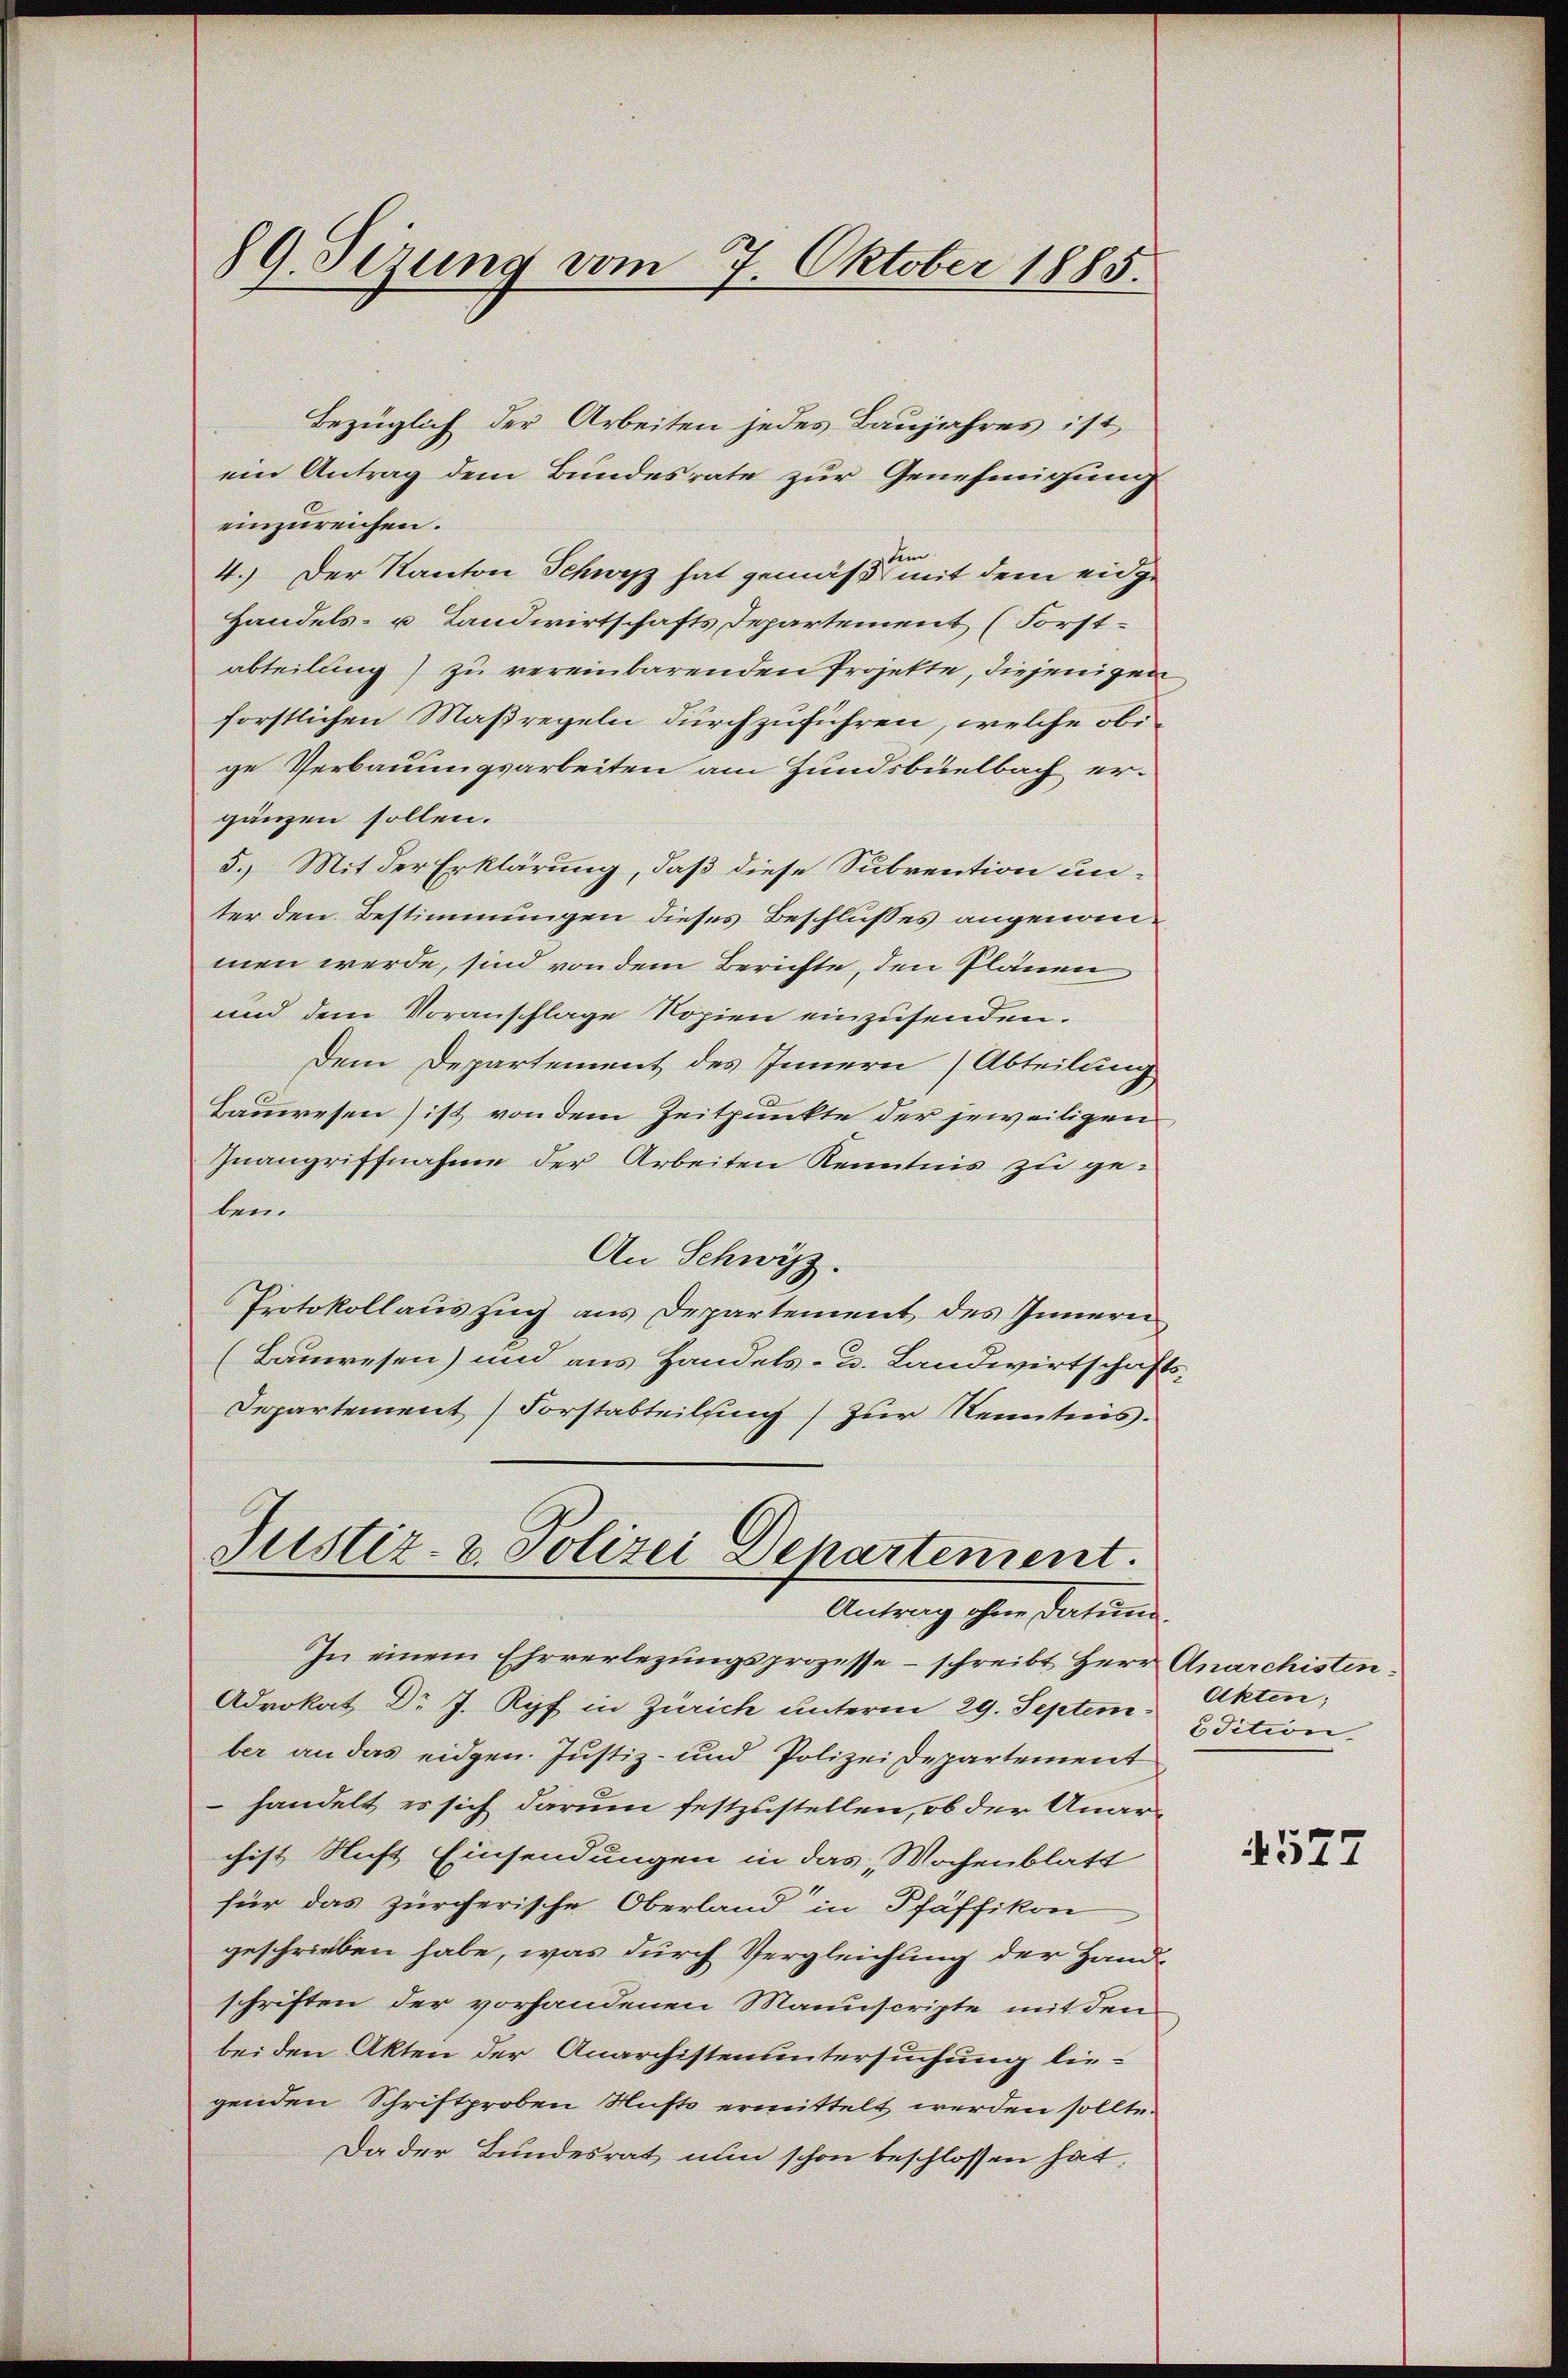
89. Seizung vom 7. Oktober 1885.

Bezüglich der Arbeiten jedes Baujahres ist,
ein Antrag dem Bundesrate zur Genehmigung
einzureichen.
4.) Der Kanton Schwyz hat gemäß mit dem eidge
Handels- u. Landwirtschafts Departement (Forstabteilung) zu vereinbarenden Projekte, diejenigen
forstlichen Maßregeln durchzuführen, welche obige Verbauungsarbeiten am Hundsbuelbach ergänzen sollen.
5.) Mit der Erklärung, daß diese Subvention un-
ter den Bestimmungen dieses Beschlusses angenommen werde, sind von dem Berichte, den Plänen
und dem Voranschlage Kopien einzusenden.
Dem Departement des Innern (Abteilung
Bauwesen) ist von dem Zeitpunkte der jeweiligen
Zuangriffnahme der Arbeiten Kenntnis zu geben.
An Schwyz.
Protokollauszug aus Departement des Innern
(Bauwesen) und aus Handels- u. Landwirtschafts-
Departement Forstabteilung) zur Kenntnis.
Justiz- & Polizei Departement.

Antrag ihm Sention de

In einem Ehrverlegungsprozesse – schreibt Herr Anarchisten¬
Advokat Dr J. Ryf in Zürich unterm 29. September an das eidgen. Justiz- und Polizei Departement
handelt es sich darum festzustellen, ob der Anarchist Nicht Einsendungen in das Wochenblatt
für das zürcherische Oberland in Pfäffikon
geschrieben habe, was durch Vergleichung der Hand-
schriften der vorhandenen Manuscripte mit den
bei den Akten der Anarchisten untersuchung liegenden Schriftproben Nusts ermittelt werden sollte.
Da der Bundesrat nun schon beschlossen hat,

Akten;
udition.

4527